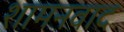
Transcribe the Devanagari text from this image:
शामनवाद